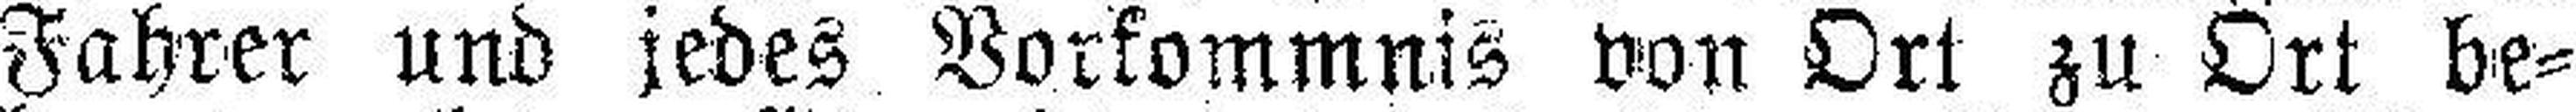
Fahrer und jedes Vorkommnis von Ort zu Ort be¬